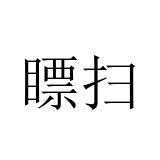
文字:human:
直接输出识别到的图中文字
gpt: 瞟扫